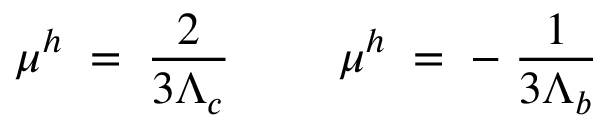
\mu ^ { h } \; = \; \frac { 2 } { 3 \Lambda _ { c } } ~ ~ ~ ~ ~ ~ ~ \mu ^ { h } \; = \; - \; \frac { 1 } { 3 \Lambda _ { b } }